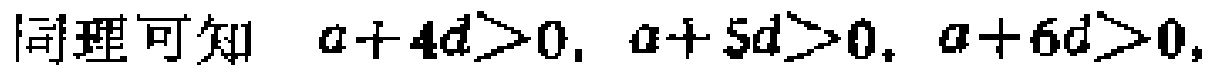
同理可知 \(a + 4d>0, a + 5d>0, a + 6d>0,\)